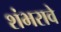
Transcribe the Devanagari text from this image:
शंभरावे